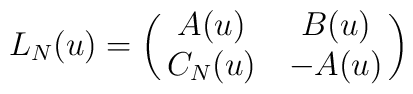
L_{N}(u)=\left(\matrix{ A(u) & B(u)\cr   C_{N}(u)&-A(u)}\right)